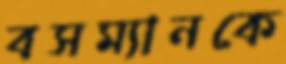
বসম্যানকে